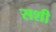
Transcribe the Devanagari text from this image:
सशी